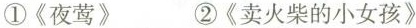
①《夜莺》 ②《卖火柴的小女孩》